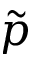
\tilde { p }